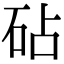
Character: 砧